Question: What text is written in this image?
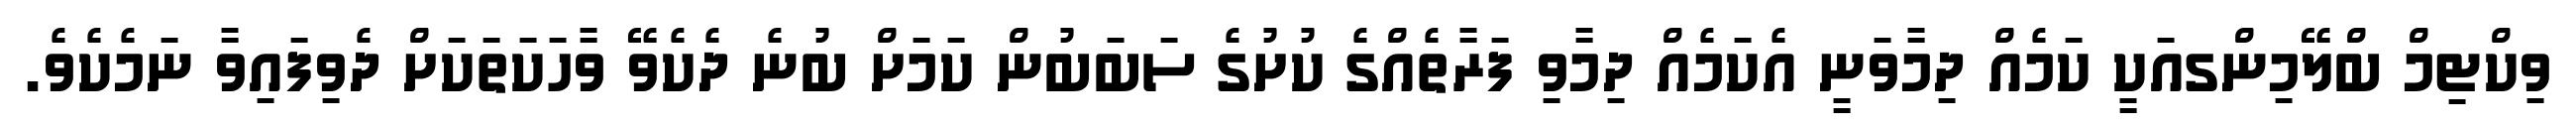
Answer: ވިކްޓިމް ބްލޭމިންގއަކީ ކަމެއް ދިމާވަނީ އެކަމެއް ދިމާވި ފަރާތެއްގެ ކުށުގެ ސަބަބުން ކަމަށް ބުނެ ދެކެވޭ ވާހަކަތަކަށް ދެވިފައިވާ ނަމެކެވެ.